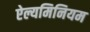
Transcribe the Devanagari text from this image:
ऐल्यमिनियम